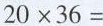
$$2 0 \times 3 6 =$$